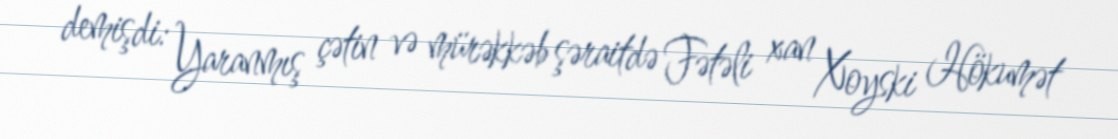
demişdi: Yaranmış çətin və mürəkkəb şəraitdə Fətəli xan Xoyski Hökumət